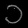
Digit: ၁